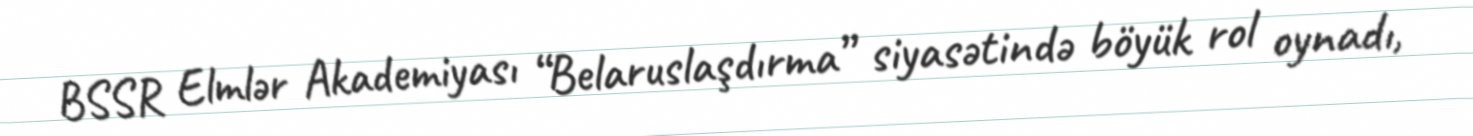
BSSR Elmlər Akademiyası “Belaruslaşdırma” siyasətində böyük rol oynadı,